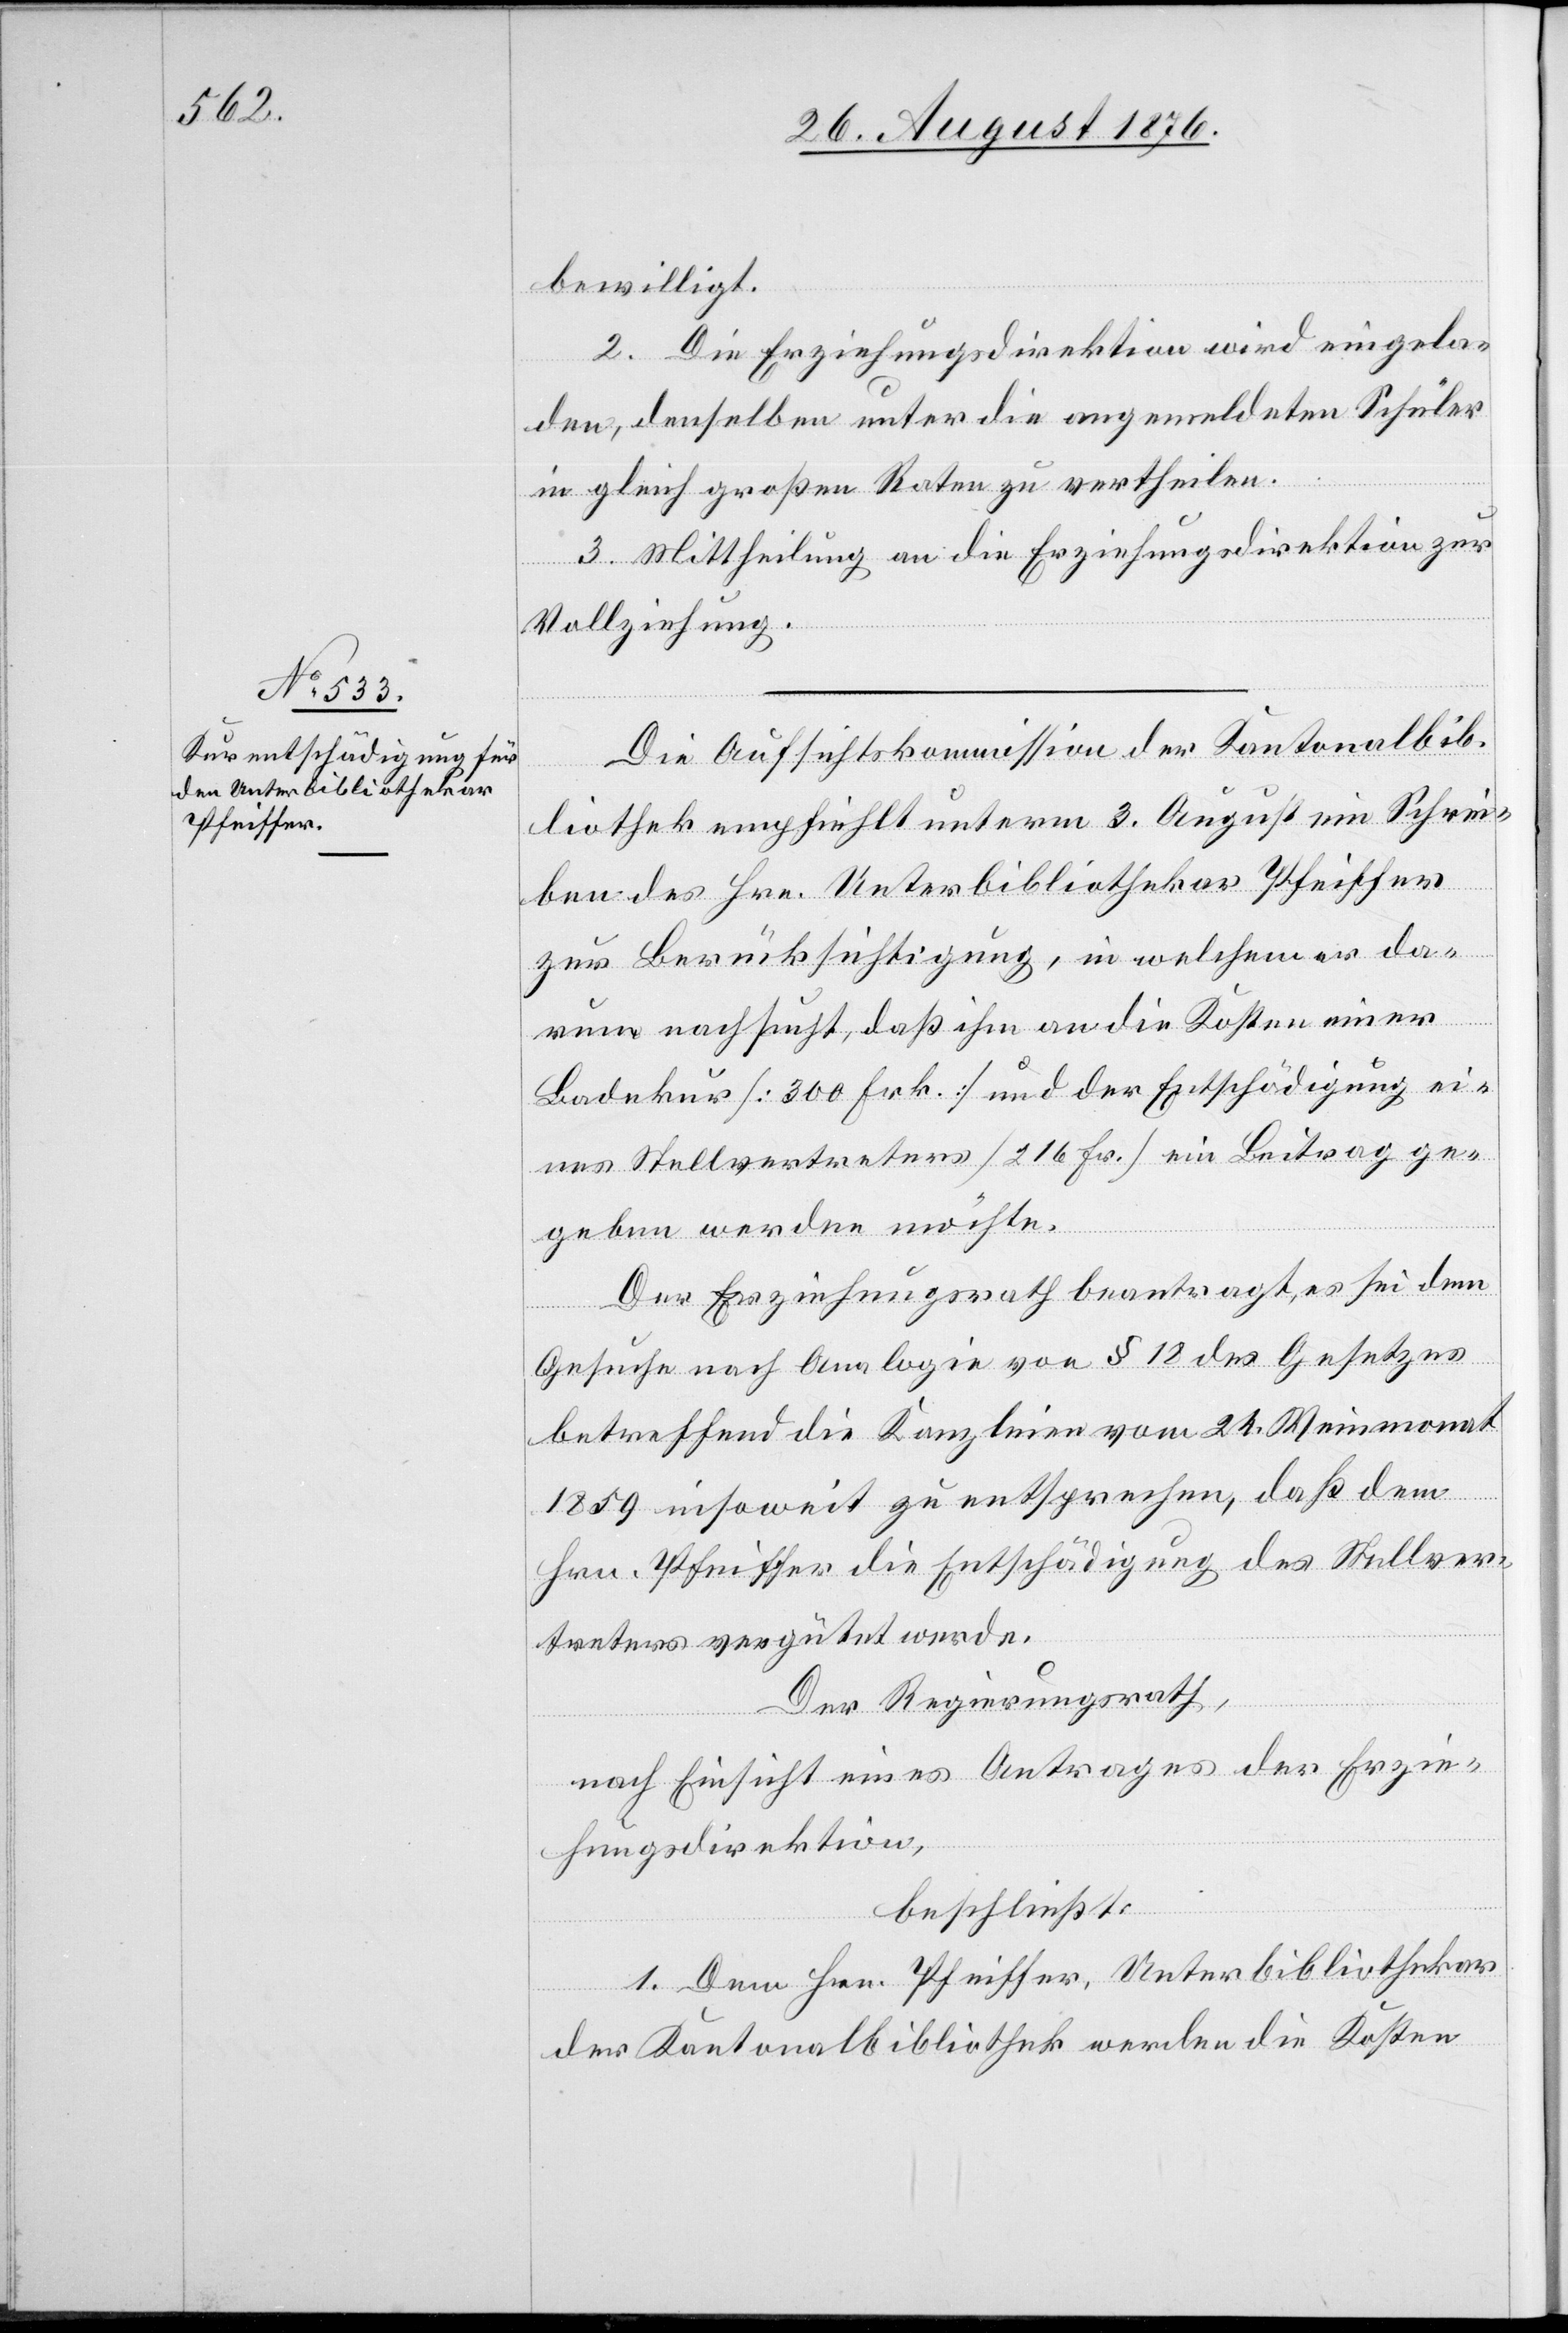
bewilligt.
2. Die Erziehungsdirektion wird eingela¬
den denselben unter die angemeldeten Schüler
in gleich großen Raten zu vertheilen.
3. Mittheilung an die Erziehungsdirektion zur
Vollziehung.
Die Aufsichtskommission der Kantonalbib¬
liothek empfiehlt unterm 3. August ein Schrei¬
ben des Hrn. Unterbibliothekar Pfeiffer
zur Berücksichtigung, in welchem er da¬
rum nachsucht, daß ihm an die Kosten einer
Badekur [300 Frk.] und der Entschädigung ei¬
nes Stellvertreters [216 Frk.] ein Beitrag ge¬
geben werden möchte.
Der Erziehungsrath beantragt, es sei dem
Gesuche nach Analogie von § 18 des Gesetzes
betreffend die Kanzleien vom 24. Weinmonat
1859 insoweit zu entsprechen, daß dem
Hrn. Pfeiffer die Entschädigung des Stellver¬
treters vergütet werde.
Der Regierungsrath,
nach Einsicht eines Antrages der Erzie¬
hungsdirektion,
beschließt:
1. Dem Hrn. Pfeiffer, Unterbibliothekar
der Kantonalbibliothek werden die Kosten